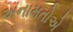
અનામતોએ